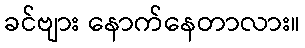
ခင်ဗျား နောက်နေတာလား။